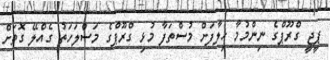
ޕީޖީ ގްރޫޕްގެ ނިންމުމާ ޚިލާފަށް މުސްތަފާ މުޅި ގްރޫޕްގެ މަސްލަހަތު ގެއްލޭ ގޮތަށް